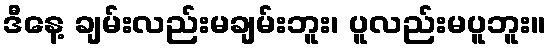
ဒီနေ့ ချမ်းလည်းမချမ်းဘူး၊ ပူလည်းမပူဘူး။